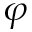
\varphi